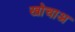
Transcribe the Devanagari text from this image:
खोचाअ